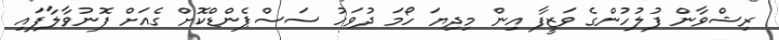
ރިޝްވާން ފުލުހުންގެ ވަޒީފާ އިން މިދިޔަ ހޯމަ ދުވަހު ސަސްޕެންޑްކޮށް ގެއަށް ފޮނުވާލާފައި